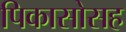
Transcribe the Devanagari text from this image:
पिकासोसह